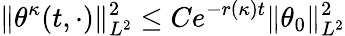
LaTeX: \| \theta^{\kappa}(t,\cdot)\| _{L^{2}}^{2}\leq Ce^{-r(\kappa)t}\| \theta_{0}\| _{L^{2}}^{2}